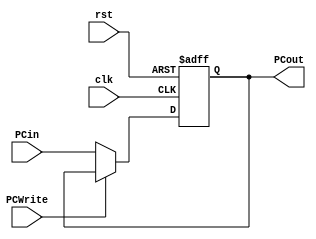
// Program Counter

module PC (	clk, 
		rst,
		PCWrite,
		PCin, 
		PCout);
	
	parameter pc_size = 18;
	
	input  clk, rst, PCWrite;
	input  [pc_size-1:0] PCin;
	output reg [pc_size-1:0] PCout;	   
	
	
	
	// write your code in here
	always@(posedge clk or posedge rst) begin
		if(rst)	
			PCout = 0;
		else if(PCWrite)
			PCout = PCout;
		else
			PCout = PCin;
	end
    		   
endmodule